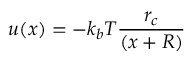
u ( x ) = - k _ { b } T \frac { r _ { c } } { ( x + R ) }